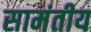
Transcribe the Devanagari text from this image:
सामंतीय